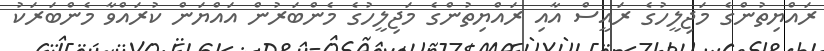
ރައްޔިތުންގެ މަޖިލީހުގެ ރައީސް އާއި ރައްޔިތުންގެ މަޖިލީހުގެ މެންބަރުން އައްޔަން ކުރައްވާ މެންބަރަކު